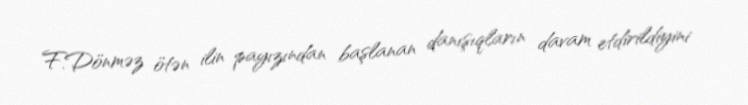
F.Dönməz ötən ilin payızından başlanan danışıqların davam etdirildiyini